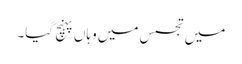
میں تجسس میں وہاں پہنچ گیا۔